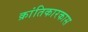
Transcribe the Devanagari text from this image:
क्रांतिकारकास